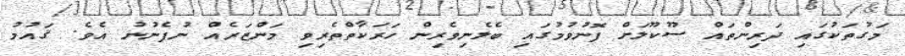
މަގުތަކުގައި ދަރިންތައް ސޫކޫލަށް ފޮނުވުމުގައި ބެލެނިވެރިން ހަރަކާތްތެރިވި މަންޒަރެއް ނުފެނުނު އެވެ. ޤައުމު